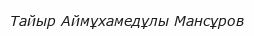
Тайыр Аймұхамедұлы Мансұров